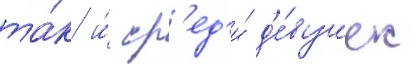
та́к и́ ср'ед'и́ д'е́вушек